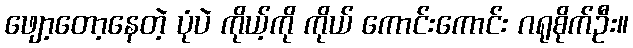
ဖျော့တော့နေတဲ့ ပုံပဲ ကိုယ့်ကို ကိုယ် ကောင်းကောင်း ဂရုစိုက်ဦး။